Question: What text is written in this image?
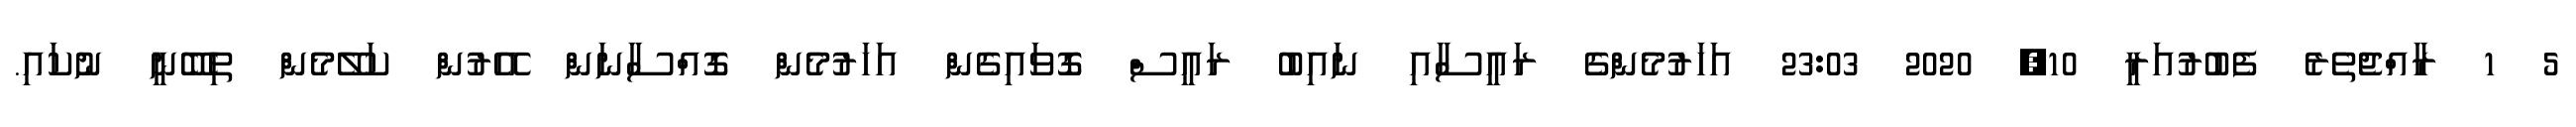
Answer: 5 1 ރާއްޖެތެރެ ފެބުރުއަރީ 10, 2020 23:03 އަހަރުމެންގެ ރައީސާއި ނައިބު ރައީސް ގޮވައިގެން އަހަރުމެން ގޮއްސާނަން އޭރުން ކަލޭމެން ތިބޭނީ ނުކައި.